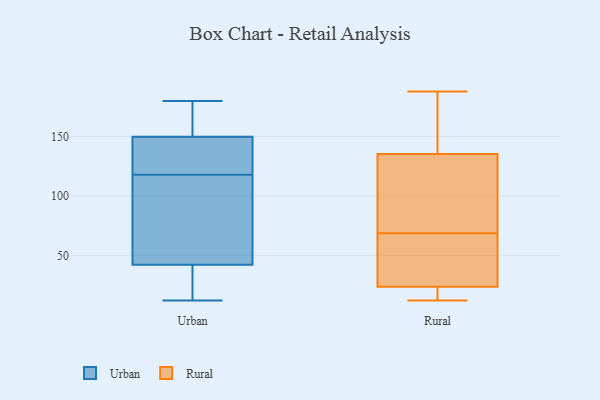
{"axis": {"x": "Budget (USD K)", "y": "Value"}, "legend": ["Rural", "Urban"], "data": [{"x": "", "y": 118, "type": "Urban"}, {"x": "", "y": 180, "type": "Urban"}, {"x": "", "y": 165, "type": "Urban"}, {"x": "", "y": 130, "type": "Urban"}, {"x": "", "y": 45, "type": "Urban"}, {"x": "", "y": 76, "type": "Urban"}, {"x": "", "y": 130, "type": "Urban"}, {"x": "", "y": 19, "type": "Urban"}, {"x": "", "y": 173, "type": "Urban"}, {"x": "", "y": 62, "type": "Urban"}, {"x": "", "y": 145, "type": "Urban"}, {"x": "", "y": 20, "type": "Urban"}, {"x": "", "y": 73, "type": "Urban"}, {"x": "", "y": 128, "type": "Urban"}, {"x": "", "y": 33, "type": "Urban"}, {"x": "", "y": 12, "type": "Urban"}, {"x": "", "y": 170, "type": "Urban"}, {"x": "", "y": 169, "type": "Rural"}, {"x": "", "y": 24, "type": "Rural"}, {"x": "", "y": 23, "type": "Rural"}, {"x": "", "y": 186, "type": "Rural"}, {"x": "", "y": 97, "type": "Rural"}, {"x": "", "y": 18, "type": "Rural"}, {"x": "", "y": 80, "type": "Rural"}, {"x": "", "y": 60, "type": "Rural"}, {"x": "", "y": 66, "type": "Rural"}, {"x": "", "y": 23, "type": "Rural"}, {"x": "", "y": 69, "type": "Rural"}, {"x": "", "y": 188, "type": "Rural"}, {"x": "", "y": 12, "type": "Rural"}, {"x": "", "y": 23, "type": "Rural"}, {"x": "", "y": 143, "type": "Rural"}, {"x": "", "y": 68, "type": "Rural"}, {"x": "", "y": 128, "type": "Rural"}, {"x": "", "y": 186, "type": "Rural"}, {"x": "", "y": 60, "type": "Rural"}, {"x": "", "y": 77, "type": "Rural"}]}